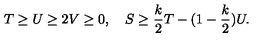
T \geq U \geq 2 V \geq 0 , \quad S \geq { \frac { k } { 2 } } T - ( 1 - { \frac { k } { 2 } } ) U .